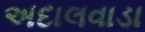
અદાલવાડા